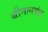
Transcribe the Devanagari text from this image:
श्रीनत्नचंद